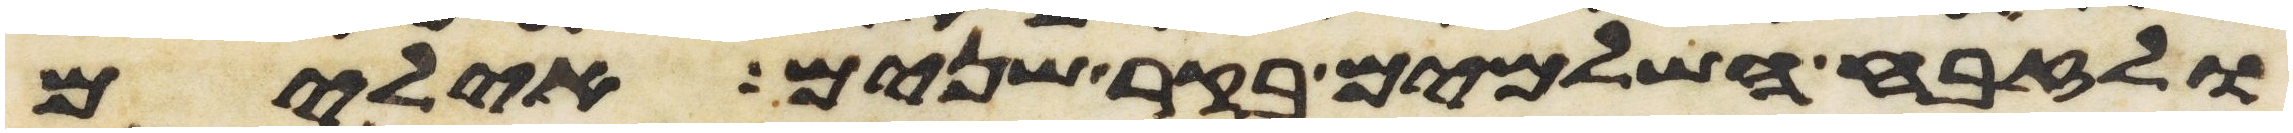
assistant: ולזבח השלמים בקר שנים אילים